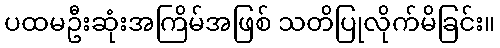
ပထမဦးဆုံးအကြိမ်အဖြစ် သတိပြုလိုက်မိခြင်း။